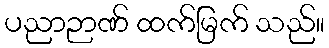
ပညာဉာဏ် ထက်မြက် သည်။